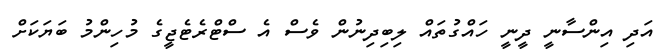
އަދި އިންސާނީ ދީނީ ހައްގުތައް ލިބިދިނުން ވެސް އެ ސްޓްރެޓެޖީގެ މުހިންމު ބަޔަކަށް